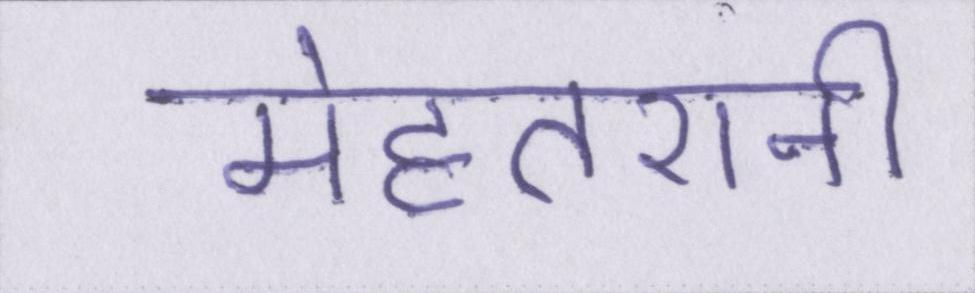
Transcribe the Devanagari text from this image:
मेहतरानी